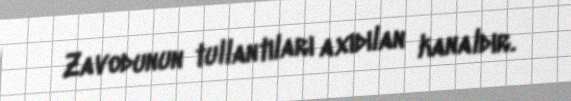
Zavodunun tullantıları axıdılan kanaldır.